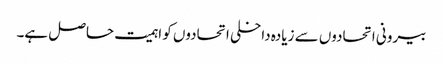
بیرونی اتحادوں سے زیادہ داخلی اتحادوں کو اہمیت حاصل ہے۔